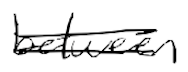
Text: between
Cross-out: double-line
Writing tool: digital_black